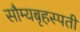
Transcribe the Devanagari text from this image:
सौम्यबृहस्पती